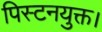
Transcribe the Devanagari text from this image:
पिस्टनयुक्त।